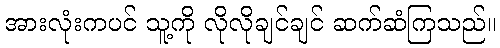
အားလုံးကပင် သူ့ကို လိုလိုချင်ချင် ဆက်ဆံကြသည်။